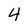
Character: 4